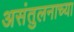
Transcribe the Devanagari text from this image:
असंतुलनाच्या